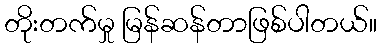
တိုးတက်မှု မြန်ဆန်တာဖြစ်ပါတယ်။